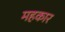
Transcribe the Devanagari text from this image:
महकार